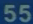
55